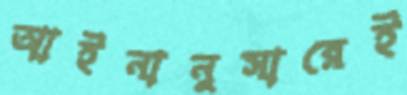
আইনানুসারেই